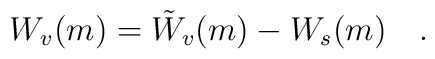
W_v(m)=\tilde{W}_v(m)-W_s(m)~~~.